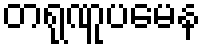
တရုဏူပမေန